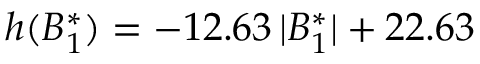
h ( B _ { 1 } ^ { * } ) = - 1 2 . 6 3 \, \lvert B _ { 1 } ^ { * } \rvert + 2 2 . 6 3